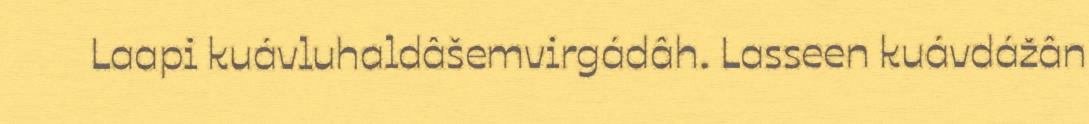
Laapi kuávluhaldâšemvirgádâh. Lasseen kuávdážân